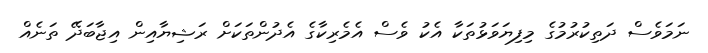
ނަމަވެސް ދަތިކުރުމުގެ މިފިޔަވަޅުތަކާ އެކު ވެސް އެމެރިކާގެ އެދުންތަކަށް ރަޝިޔާއިން އިޖާބަދޭ ތަނެއް